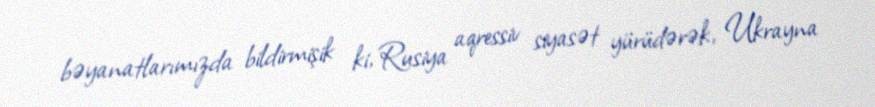
bəyanatlarımızda bildirmişik ki, Rusiya aqressiv siyasət yürüdərək, Ukrayna